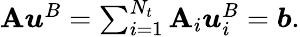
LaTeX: \begin{array}{r}{\mathbf{A}\boldsymbol{u}^{B}=\sum_{i=1}^{N_{t}}\mathbf{A}_{i}\boldsymbol{u}_{i}^{B}=\boldsymbol{b}.}\end{array}